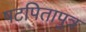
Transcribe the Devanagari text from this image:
षटपितापुत्र